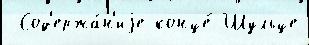
 Сод'ержа́н'иjе конце́ Шульце